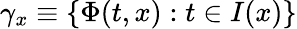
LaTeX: \gamma_{x}\equiv\{ \Phi(t,x):t\in I(x)\}